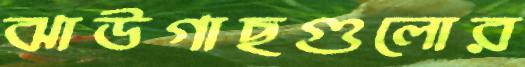
ঝাউগাছগুলোর